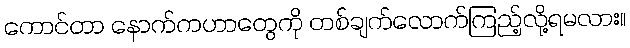
ကောင်တာ နောက်ကဟာတွေကို တစ်ချက်လောက်ကြည့်လို့ရမလား။